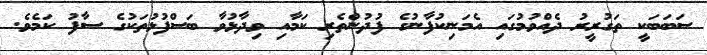
ސަބަބަކީ ތަގުރީރު ދެއްވުމުގައި އެމަނިކުފާނުގެ ފުދުންތެރި ކަމާއި ވިދާޅުވާ ބަސްފުޅުތަކުގެ ސާފު ކަމެވެ.